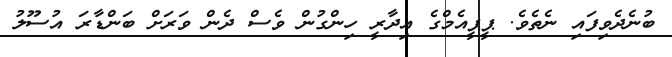
ބުނެދެވިފައި ނެތެވެ. ޕީޕީއެމްގެ އިދާރީ ހިންގުން ވެސް ދެން ވަރަށް ބަންޑާރަ އުސޫލު